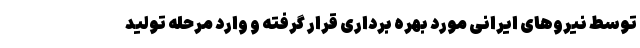
توسط نیروهای ایرانی مورد بهره برداری قرار گرفته و وارد مرحله تولید